Report of the Municipal Commissioner on the plague in Bombay for the year ending 31st May... - Volume 2
Disease focus: Plague
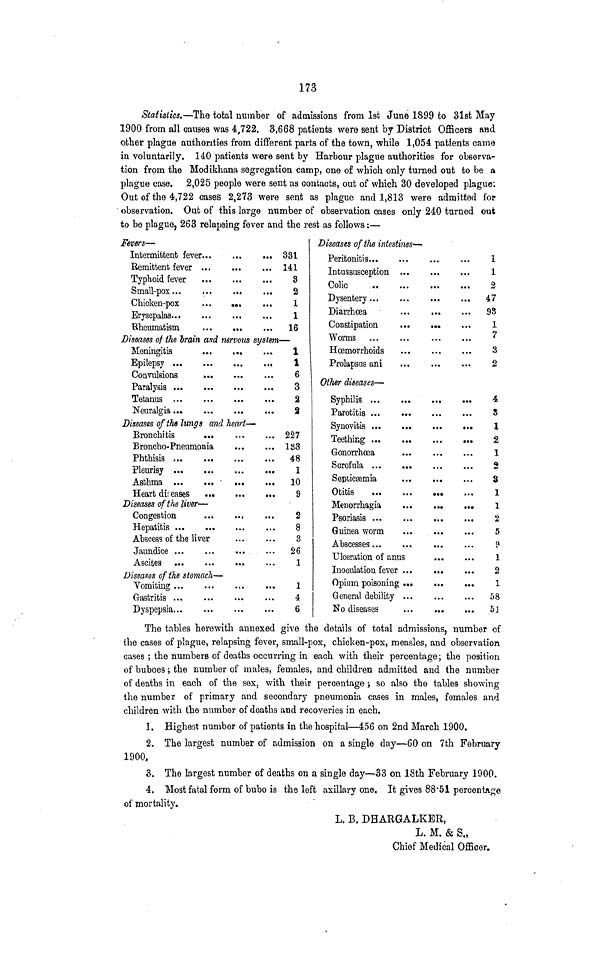
173
Statistics.—The total number of admissions from 1st June 1899 to 31st May
1900 from all causes was 4,722. 3,668 patients were sent by District Officers and
other plague authorities from different parts of the town, while 1,054 patients came
in voluntarily. 140 patients were sent by Harbour plague authorities for observa-
tion from the Modikhana segregation camp, one of which only turned out to be a
plague case. 2,025 people were sent as contacts, out of which 30 developed plague;
Out of the 4,722 cases 2,273 were sent as plague and 1,813 were admitted for
' observation. Out of this large number of observation cases only 240 turned out
to be plague, 263 relapsing fever and the rest as follows:—
fevers —
Intermittent fever...
...
...
Bemittent fever
Typhoid fever
Chicken-pox
Rheumatism
...
•*.
Diseases of the train and nervous system-
Meningitia
...
t
Convulsions
381
141
3
2
1
1
16
1
1
6
3
2
2
Diseases of the lungs and heart —
Bronchitis
...
...
... 227
Broncho-Pneumonia
183
Phthisis
48
Heart dif eases
...
...
...
Diseases of the liver —
Congestion
Abscess of the liver
Diseases of the stomach —
Vomiting
Dvsneusia
10
9
2
8
3
26
1
1
4
6
Diseases of the intestines —
Intussusception
Colic
Diarrhoea
Constipation
...
...
Worms ...
...
...
...
Haemorrhoids
Prolapsus ani
Other diseases —
Gonorrhoea
Scrofula
Septicaemia
Otitis
Menorrhagia
...
Psoriasis
Guinea worm
Ulceration of anus
Inoculation fever
Opium poisoning
General debility ...
No diseases
...
1
1
2
47
98
1
7
8
2
4
S
1
9
1
2
3
]
1
2
3
a
1
2
1
58
53
The tables herewith annexed give the details of total admissions, number of
the cases of plague, relapsing fever, small-pox, chicken-pox, measles, and observation
cases ; the numbers of deaths occurring in each with their percentage; the position
of buboes j the number of males, females, and children admitted and the number
of deaths in each of the sex, with their percentage j so also the tables showing
the number of primary and secondary pneumonia cases in males, females and
children with the number of deaths and recoveries in each.
1. Highest number of patients in the hospital—456 on 2nd March 1900.
2. The largest number of admission on a single day—60 on 7th February
1900,
3. The largest number of deaths on a single day—33 on 18th February 1900.
4. Most fatal form of bubo is the left axillary one. It gives 88*51 percentage
of mortality.
L, B, DHARGALKER,
L. M. & S,,
Chief Medical Officer.